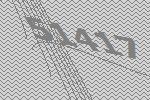
51417